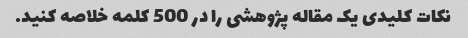
نکات کلیدی یک مقاله پژوهشی را در 500 کلمه خلاصه کنید.